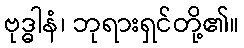
ဗုဒ္ဓါနံ၊ ဘုရားရှင်တို့၏။